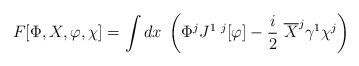
LaTeX: \begin{align*} F[\Phi,X ,\varphi,\chi] =\int dx\;\left(\Phi^j J^{1~j}[\varphi ]- \frac i2~\overline X^j \gamma^1 \chi^j \right)\end{align*}